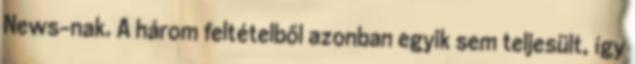
News-nak. A három feltételből azonban egyik sem teljesült, így